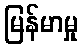
မြန်မာမှု